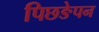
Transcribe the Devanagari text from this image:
पिछङेपन